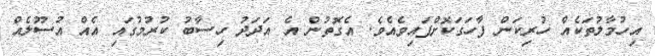
އިހުމާލުތަކެއް ހުރިކަން ފާހަގަކޮށްފައިވެއެވެ. އެގޮތުން އެ އަދަދު ހިސާބު ކުރުމުގައި އެއް އުސޫލެއް